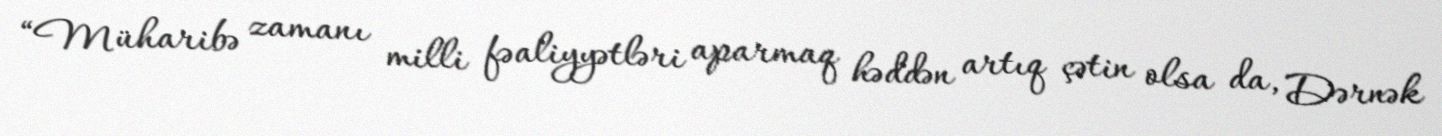
“Müharibə zamanı milli fəaliyyətləri aparmaq həddən artıq çətin olsa da, Dərnək